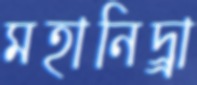
মহানিদ্র্রা